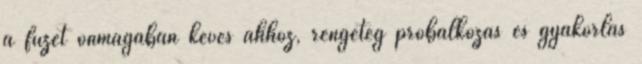
a füzet önmagában kevés ahhoz, rengeteg próbálkozás és gyakorlás